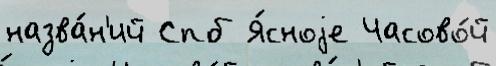
назва́н'ий Спб Я́сноjе Часово́й